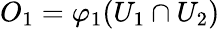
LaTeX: O_{1}=\varphi_{1}(U_{1}\cap U_{2})